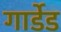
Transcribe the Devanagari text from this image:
गार्डेड